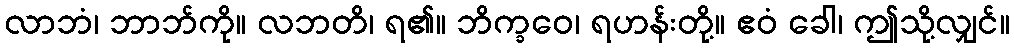
လာဘံ၊ ဘာဘ်ကို။ လဘတိ၊ ရ၏။ ဘိက္ခဝေ၊ ရဟန်းတို့။ ဧဝံ ခေါ၊ ဤသို့လျှင်။